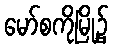
မော်စကိုမြို့၌